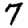
Digit: 7